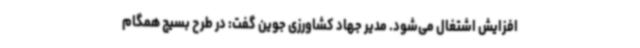
افزایش اشتغال می‌شود. مدیر جهاد کشاورزی جوین گفت: در طرح بسیج همگام